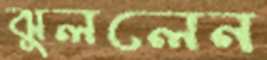
ঝুললেন